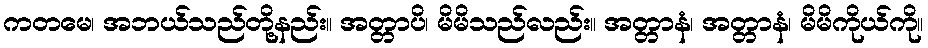
ကတမေ၊ အဘယ်သည်တို့နည်း။ အတ္တာပိ၊ မိမိသည်လည်း။ အတ္တာနံ၊ အတ္တာနံ၊ မိမိကိုယ်ကို။